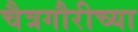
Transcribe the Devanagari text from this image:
चैत्रगौरीच्या